Report on lock hospitals in British Burma
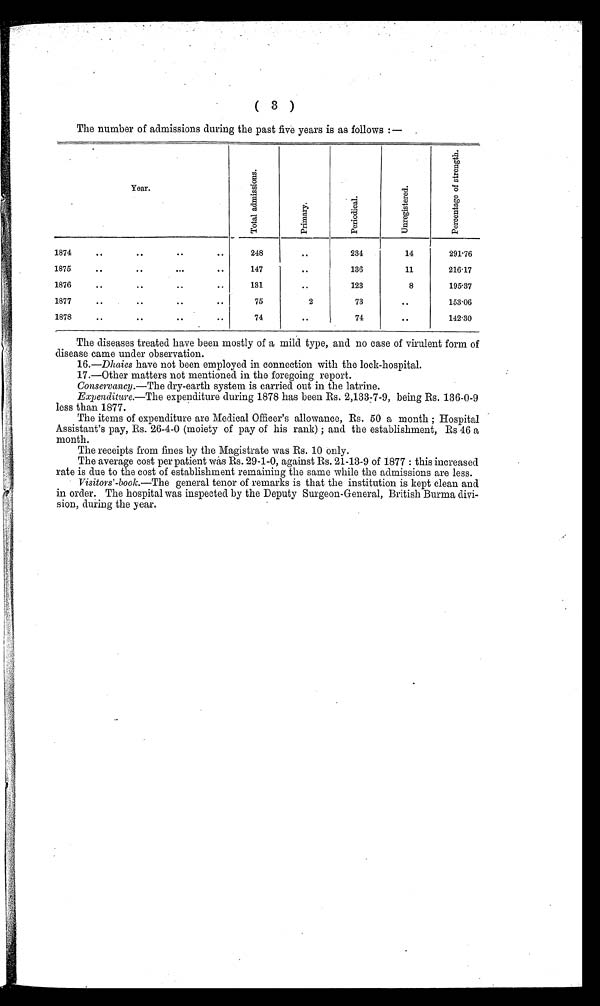
( 3 )
The number of admissions during the past five years is as follows :—
Y e a r .
T o t a l a d m i s s i o n s .
P r i m a r y .
P e r i o d i c a l .
U n r e g i s t e r e d
.
P e r c e n t a g e o f s t r e n g t h .
1874
. .
. .
. .
..
248
. .
234
14
291.76
1875
. .
. .
. . .
..
147
, .
136
11
216.17
1876
. .
. .
. .
..
131
. .
123
8
195.37
1877
. .
. .
. .
..
7 5
2
73
. .
153.06
1878
. .
. .
. .
..
74
. .
74
. .
142.30
The diseases treated have been mostly of a mild type, and no case of virulent form of
disease came under observation.
1G.—Dhaies have not been employed in connection with the lock-hospital.
17.—Other matters not mentioned in the foregoing report.
Conservancy.—The dry-earth system is carried out in the latrine.
Expenditure.—The expenditure during 1878 has been Rs. 2,133-7-9, being Rs. 136-0-9
less than 1877.
The items of expenditure are Medical Officer's allowance, Rs. 50 a month ; Hospital
Assistant's pay, Rs. 26-4-0 (moiety of pay of his rank) ; and the establishment, Rs 46 a
month.
The receipts from fines by the Magistrate was Rs. 10 only.
The average cost per patient was Rs. 29-1-0, against Rs. 21-13-9 of 1877 : this increased
rate is due to the cost of establishment remaining the same while the admissions are less.
• Visitors'-book.—The general tenor of remarks is that the institution is kept clean and
in order. The hospital was inspected by the Deputy Surgeon-General, British Burma divi-
sion, during the year.